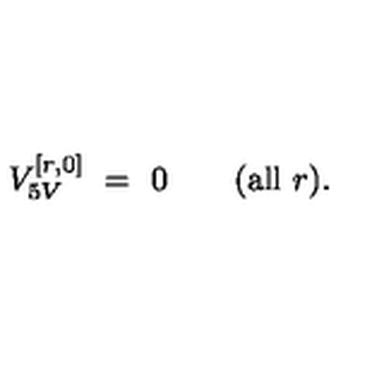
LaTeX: V _ { 5 V } ^ { [ r , 0 ] } \ = \ 0 \qquad ( \mathrm { a l l } \ r ) .